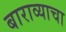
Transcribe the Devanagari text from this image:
बाराव्याचा